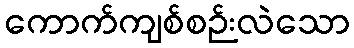
ကောက်ကျစ်စဉ်းလဲသော